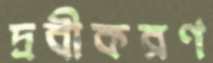
দ্রবীকরণ